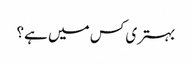
بہتری کس میں ہے؟